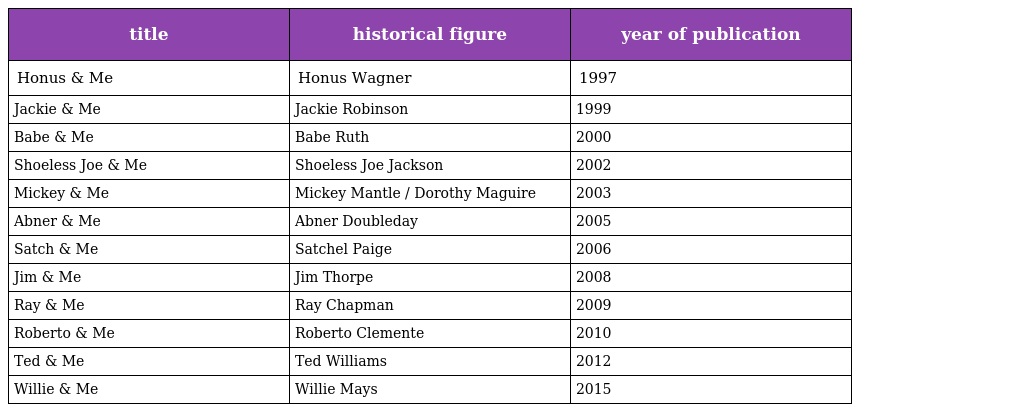
| title | historical figure | year of publication |
 | --- | --- | --- |
 | Honus & Me | Honus Wagner | 1997 |
 | Jackie & Me | Jackie Robinson | 1999 |
 | Babe & Me | Babe Ruth | 2000 |
 | Shoeless Joe & Me | Shoeless Joe Jackson | 2002 |
 | Mickey & Me | Mickey Mantle / Dorothy Maguire | 2003 |
 | Abner & Me | Abner Doubleday | 2005 |
 | Satch & Me | Satchel Paige | 2006 |
 | Jim & Me | Jim Thorpe | 2008 |
 | Ray & Me | Ray Chapman | 2009 |
 | Roberto & Me | Roberto Clemente | 2010 |
 | Ted & Me | Ted Williams | 2012 |
 | Willie & Me | Willie Mays | 2015 |